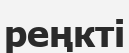
реңкті